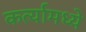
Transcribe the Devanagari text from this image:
कर्त्यामध्ये